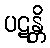
ပဋန္တိ